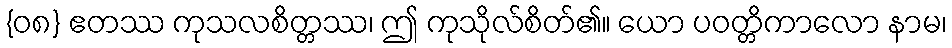
{၀၈} ဧတဿ ကုသလစိတ္တဿ၊ ဤ ကုသိုလ်စိတ်၏။ ယော ပဝတ္တိကာလော နာမ၊